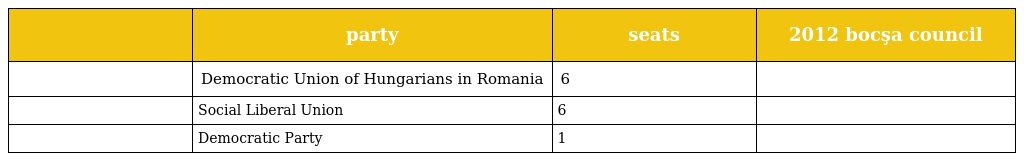
|  | party | seats | 2012 bocşa council |
 | --- | --- | --- | --- |
 |  | Democratic Union of Hungarians in Romania | 6 |  |
 |  | Social Liberal Union | 6 |  |
 |  | Democratic Party | 1 |  |